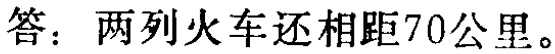
答：两列火车还相距70公里。